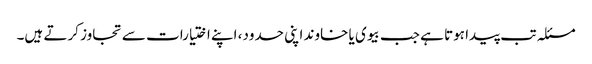
مسئلہ تب پیدا ہوتا ہے جب بیوی یا خاوند اپنی حدود، اپنے اختیارات سے تجاوز کرتے ہیں۔